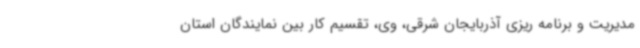
مدیریت و برنامه ریزی آذربایجان شرقی، وی، تقسیم کار بین نمایندگان استان